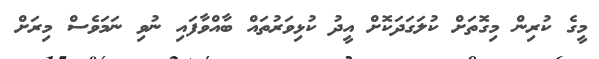
މީގެ ކުރިން މިގޮތަށް ކުލަގަދަކޮށް އީދު ކުޅިވަރުތައް ބާއްވާފައި ނުވި ނަމަވެސް މިރަށް